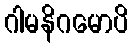
ဂါမနိဂမောပိ